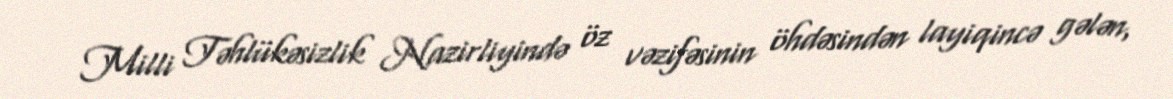
Milli Təhlükəsizlik Nazirliyində öz vəzifəsinin öhdəsindən layiqincə gələn,